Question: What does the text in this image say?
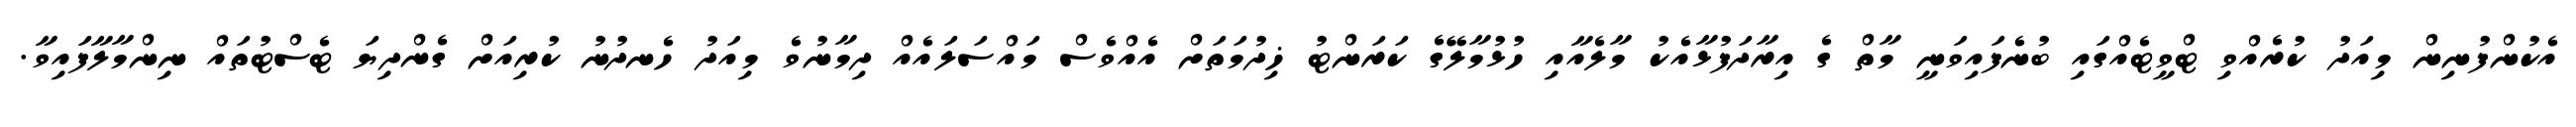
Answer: އެކުންފުނިން މިއަދު ކުރެއްވި ޓްވީޓެއްގައި ބުނެފައިވަނީ މާތް ގެ އިރާދަފުޅާއެކު މާލެއާއި ހުޅުމާލޭގެ ކަރަންޓު ޚިދުމަތަށް އެއްވެސް މައްސަލައެއް ދިމާނުވެ މިއަދު ހެނދުނު ކުރިއަށް ގެންދިޔަ ޓެސްޓުތައް ނިންމާލާފައިވާ.